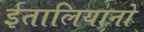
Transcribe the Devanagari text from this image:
ईतालियानो